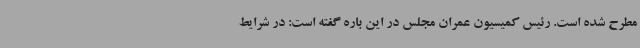
مطرح شده است. رئیس کمیسیون عمران مجلس در این باره گفته است: در شرایط